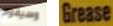
وسيقوم Grease